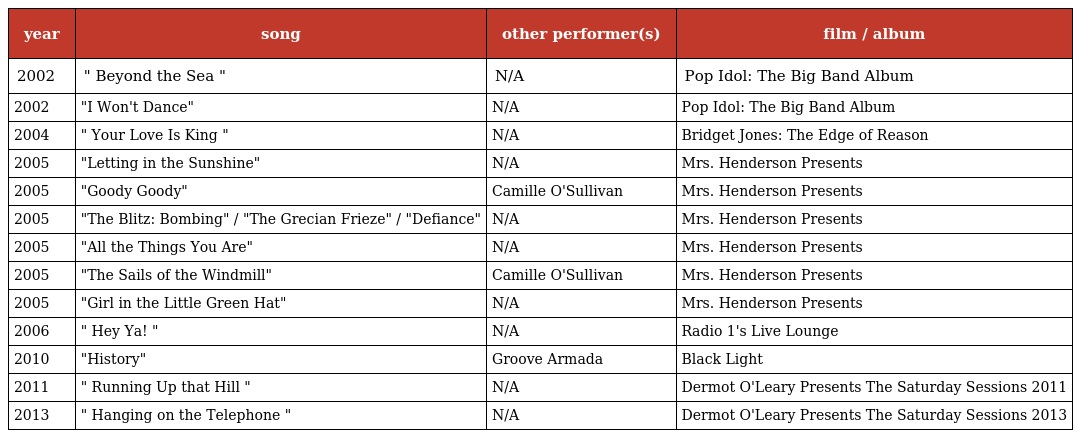
| year | song | other performer(s) | film / album |
 | --- | --- | --- | --- |
 | 2002 | " Beyond the Sea " | N/A | Pop Idol: The Big Band Album |
 | 2002 | "I Won't Dance" | N/A | Pop Idol: The Big Band Album |
 | 2004 | " Your Love Is King " | N/A | Bridget Jones: The Edge of Reason |
 | 2005 | "Letting in the Sunshine" | N/A | Mrs. Henderson Presents |
 | 2005 | "Goody Goody" | Camille O'Sullivan | Mrs. Henderson Presents |
 | 2005 | "The Blitz: Bombing" / "The Grecian Frieze" / "Defiance" | N/A | Mrs. Henderson Presents |
 | 2005 | "All the Things You Are" | N/A | Mrs. Henderson Presents |
 | 2005 | "The Sails of the Windmill" | Camille O'Sullivan | Mrs. Henderson Presents |
 | 2005 | "Girl in the Little Green Hat" | N/A | Mrs. Henderson Presents |
 | 2006 | " Hey Ya! " | N/A | Radio 1's Live Lounge |
 | 2010 | "History" | Groove Armada | Black Light |
 | 2011 | " Running Up that Hill " | N/A | Dermot O'Leary Presents The Saturday Sessions 2011 |
 | 2013 | " Hanging on the Telephone " | N/A | Dermot O'Leary Presents The Saturday Sessions 2013 |